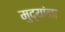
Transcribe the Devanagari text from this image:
मुद्यांना